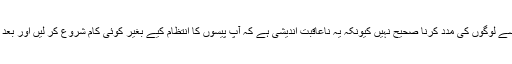
خاتون کا کہنا ہے کہ ایسے لوگوں کی مدد کرنا صحیح نہیں کیونکہ یہ ناعاقبت اندیشی ہے کہ آپ پیسوں کا انتظام کیے بغیر کوئی کام شروع کر لیں اور بعد میں آپ کو مانگنا پڑے۔